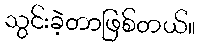
သွင်းခဲ့တာဖြစ်တယ်။